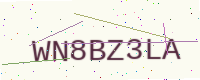
Text: WN8BZ3LA